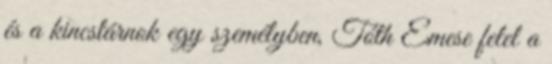
és a kincstárnok egy személyben, Tóth Emese felel a